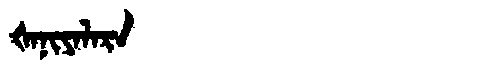
Manchu: ᡧᠠᠨᡳᠶᠠᠯᠠᡵᠠ
Romanization: ŠANIYALARA